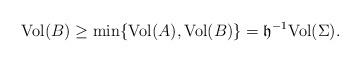
LaTeX: \begin{align*}{\rm Vol} (B )\geq \min\{{\rm Vol} (A ),{\rm Vol} (B )\}=\mathfrak h^{-1} {\rm Vol} (\Sigma ).\end{align*}